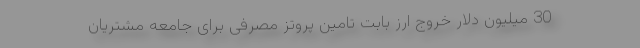
30 میلیون دلار خروج ارز بابت تامین پروتز مصرفی برای جامعه مشتریان